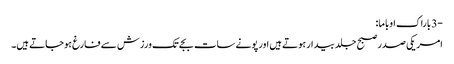
-3 باراک اوباما:
امریکی صدر صبح جلد بیدار ہوتے ہیں اور پونے سات بجے تک ورزش سے فارغ ہوجاتے ہیں۔